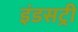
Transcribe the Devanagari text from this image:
इंडसट्री